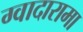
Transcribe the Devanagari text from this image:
ग्वादारामा